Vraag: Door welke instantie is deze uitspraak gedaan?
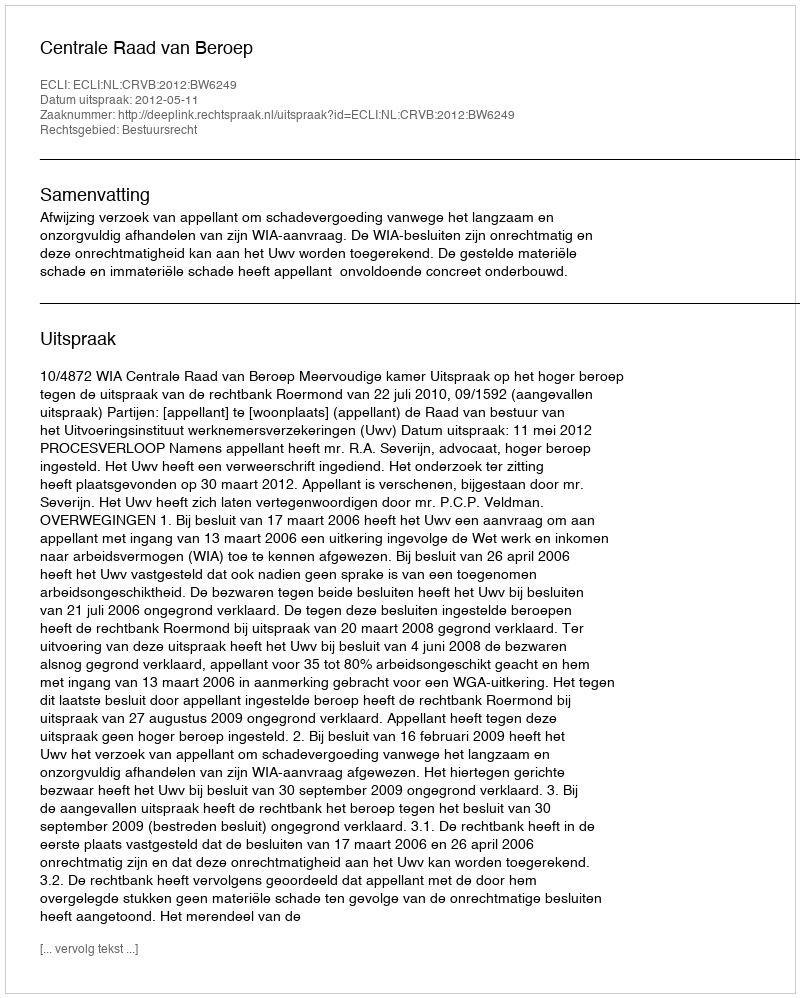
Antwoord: Centrale Raad van Beroep